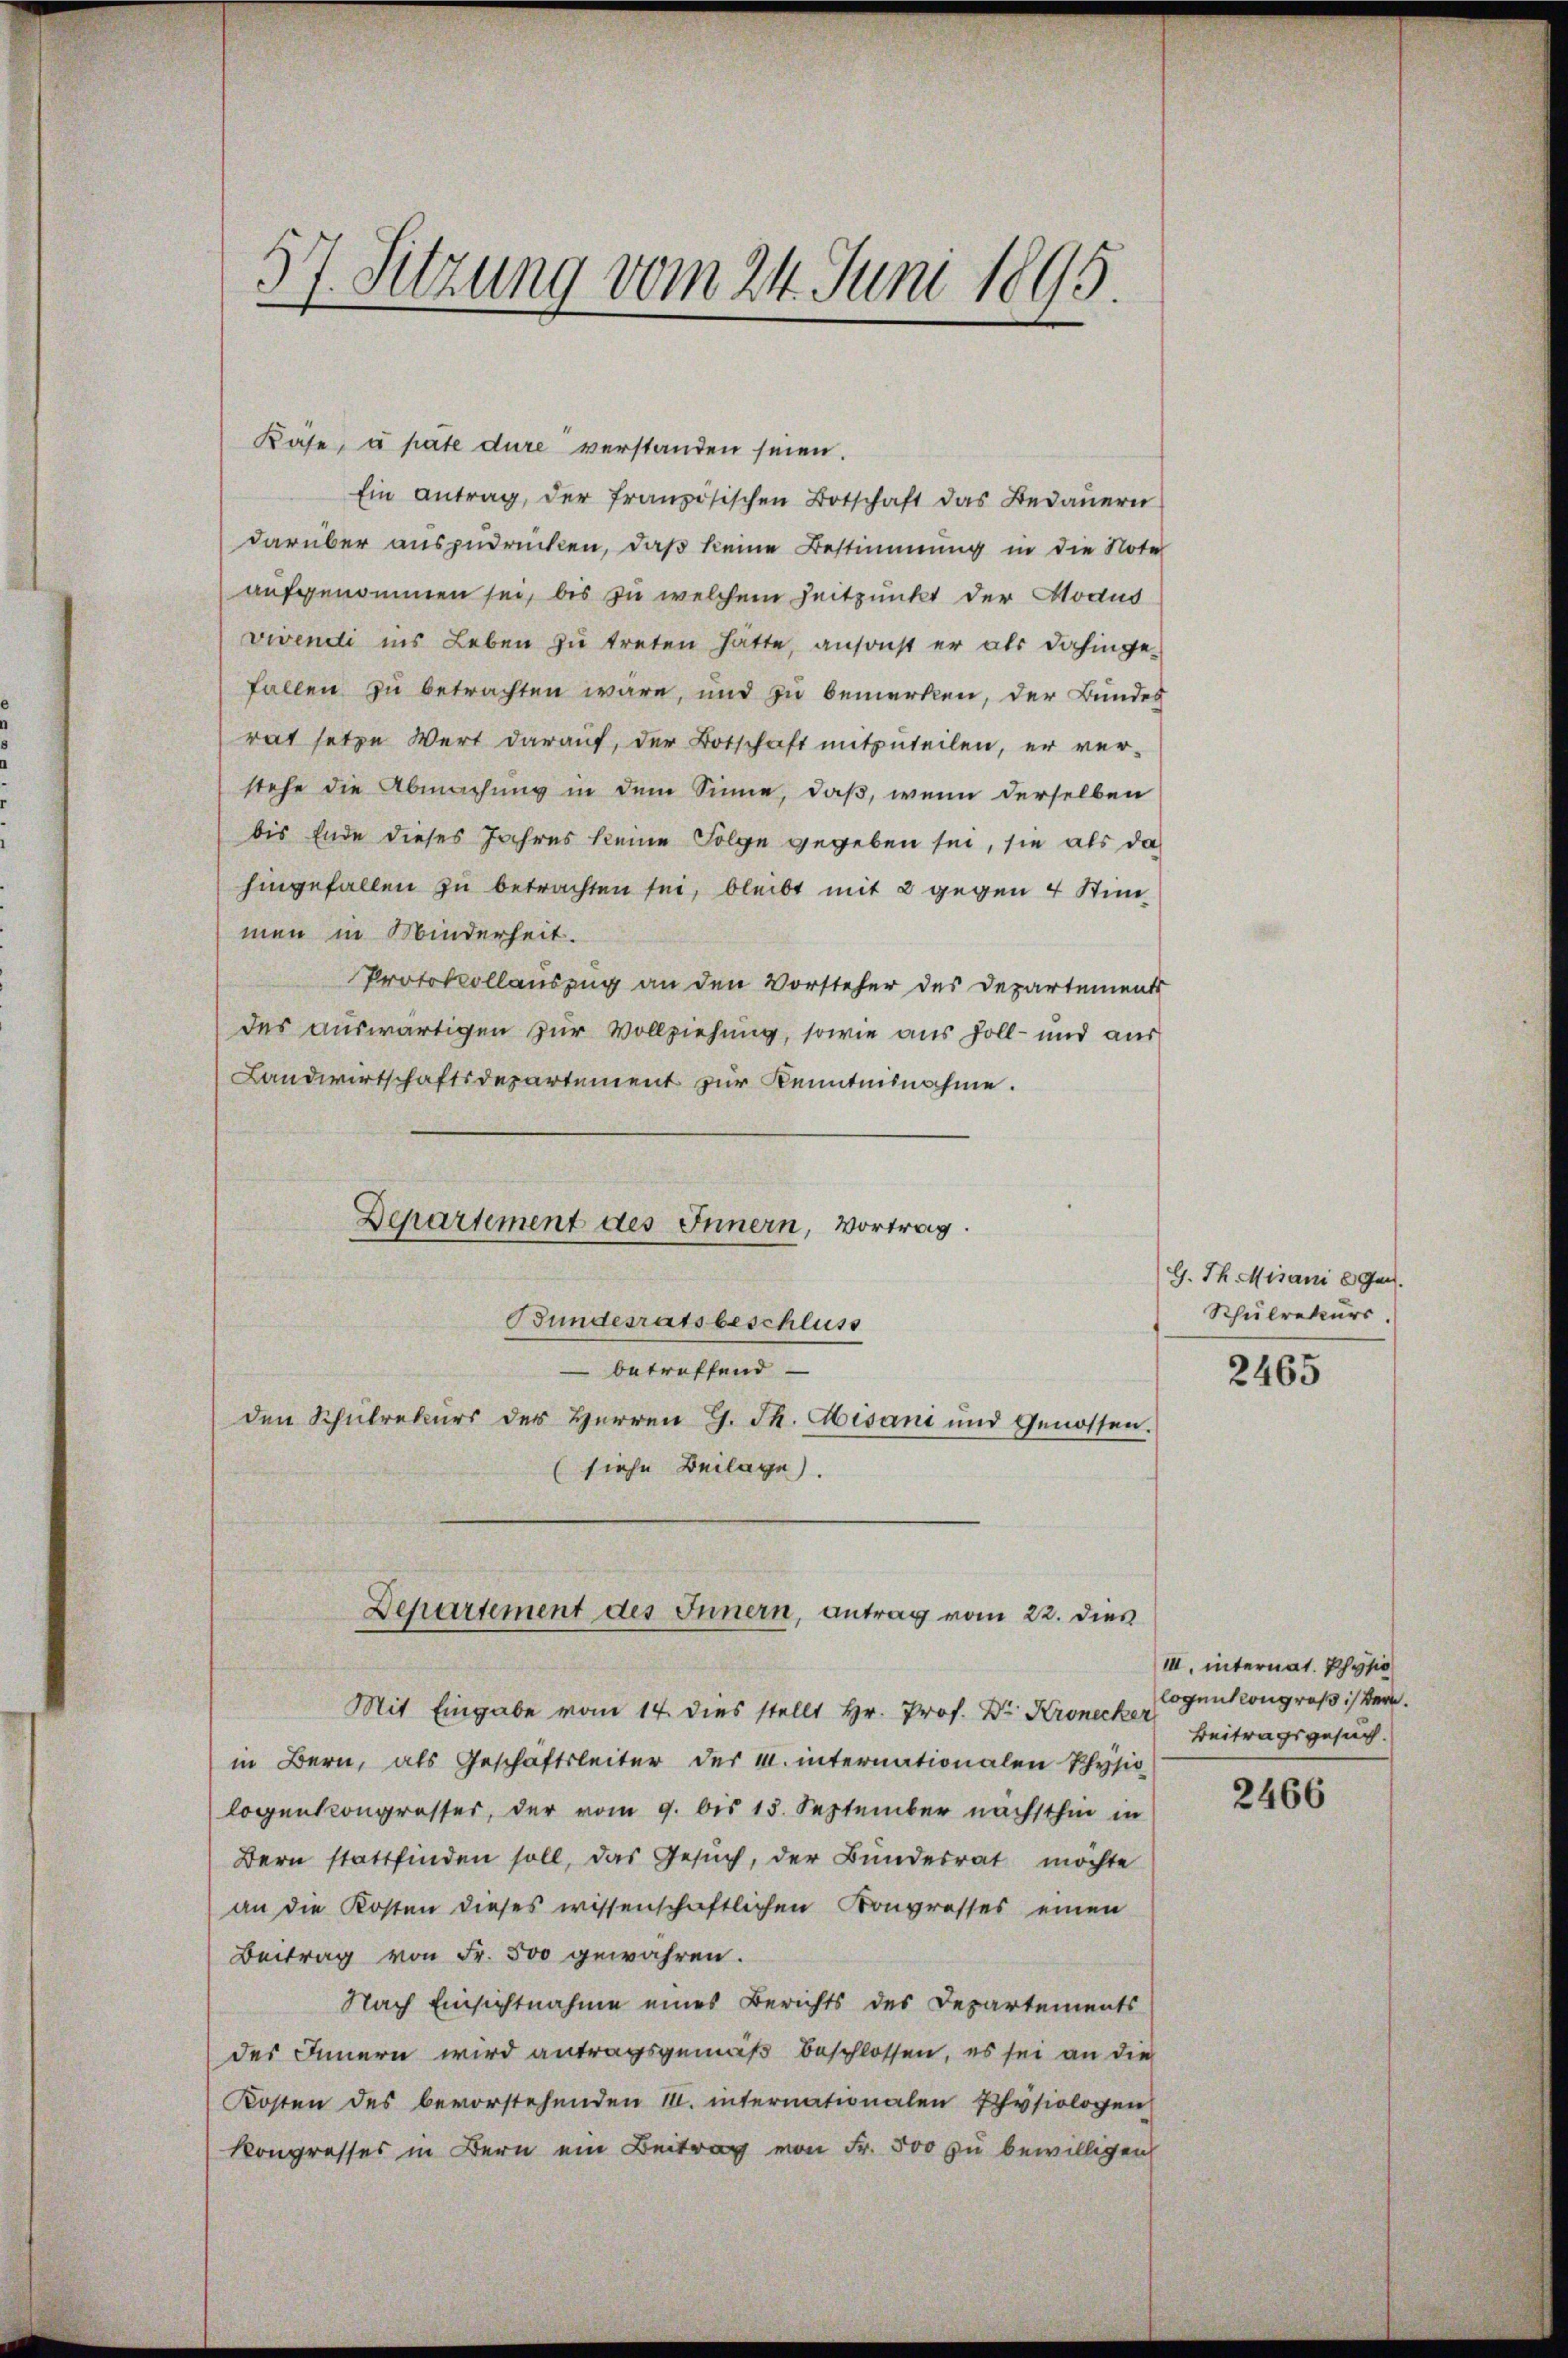
Kase, a pate dure verstanden seien.
Ein Antrag, der französischen Botschaft das Bedaŭern
darüber auszudrücken, daß keine Bestimmung in die Note
aufgenommen sei, bis zu welchem Zeitpunkt der Modus
vivendi ins Leben zu treten hätte, ansonst er als dahinge-
Fallen zu betrachten wäre, und zu bemerken, der Bundes
rat setze Wert darauf, der Botschaft mitzuteilen, er ver-
stehe die Abmachung in dem Sinne, daß, wenn derselben
bis Ende dieses Jahres keine Folge gegeben sei, sie als das
hingefallen zu betrachten sei, bleibt mit 2 gegen 4 Stimmen in Minderheit.
Protokollauszug an den Vorsteher des Departements
des auswärtigen zur Vollziehung, sowie aus soll- und aus
Landwirtschaftsdepartement zur Kenntnisnahme.
Departement des Innern, Vortrag.

57. Sitzung vom 24. Juni 1895

Bundesratsbeschluss
 betreffend
den Schulrekurs des Herren G. Th. Hisani und Genossen.
(siehe Beilage).

Departement des Innern, antrag vom 22. dies

Mit Eingabe vom 14. dies stellt Hr. Prof. Dr. Kronecker
in Bern, als Geschäftsleiter der M. internationalen Physio
logenkongresser, der vom 9. bis 15. September nächsthin in
Bern stattfinden soll, das Gesŭch, der Bundesrat möchte
an die Kosten dieses wissenschaftlichen Kongrosses einen
Beitrag von Fr. 500 gewähren.
Nach Einsichtnahme eines Berichts des Departements
des Innern wird antragsgemäß beschlossen, es sei an die
Kosten des bevorstehenden III. internationalen Physiologen
Kongresses in Bern ein Beitrag von Fr. 500 zu bewilligen

G. Th. Misani l. Jan.
Schulrekurs.

2465

III. internat. Physio
logens congroß istern.
Beitragsgesuch.

2466